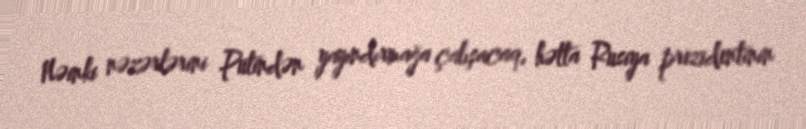
Nəinki nəzərlərini Putindən yayındırmağa çalışacaq, hətta Rusiya prezidentinin